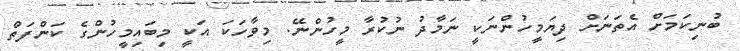
ބުނިކަމަށް އެތަނަށް ދިޔަމީހުންނަކީ ނަމާދު ނުކުރާ މީހުންނޭ. މިވާހަކަ އަކީ މިބައިމީހުންގެ ކަންފަތް